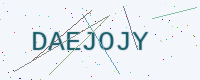
Text: DAEJOJY